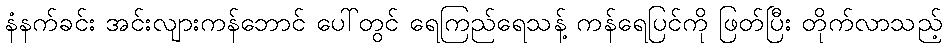
နံနက်ခင်း အင်းလျားကန်ဘောင် ပေါ်တွင် ရေကြည်ရေသန့် ကန်ရေပြင်ကို ဖြတ်ပြီး တိုက်လာသည့်